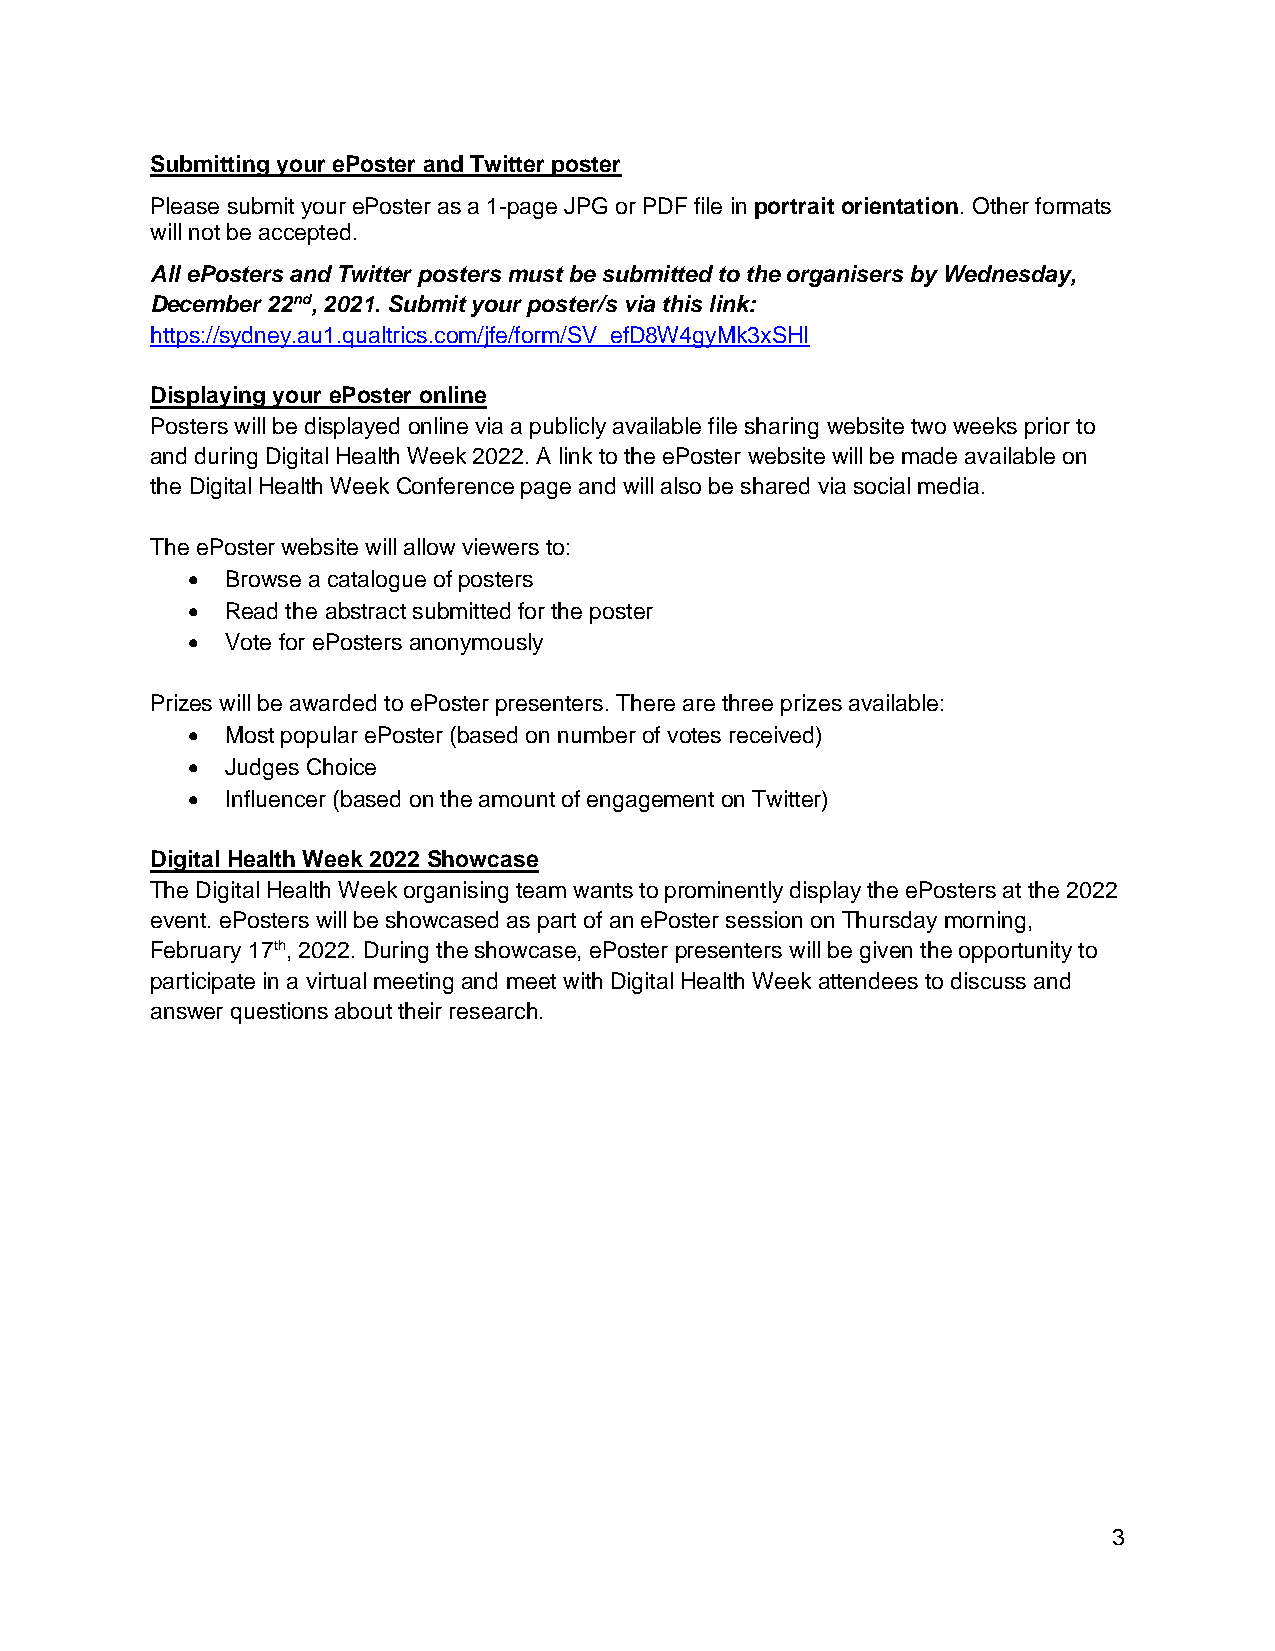
Submitting your ePoster and Twitter poster
 Please submit your ePoster as a 1-page JPG or PDF file in portrait orientation. Other formats
 will not be accepted.
 All ePosters and Twitter posters must be submitted to the organisers by Wednesday,
 December 22nd, 2021. Submit your poster/s via this link:
 https://sydney.au1.qualtrics.com/jfe/form/SV_efD8W4gyMk3xSHI
 Displaying your ePoster online
 Posters will be displayed online via a publicly available file sharing website two weeks prior to
 and during Digital Health Week 2022. A link to the ePoster website will be made available on
 the Digital Health Week Conference page and will also be shared via social media.
 The ePoster website will allow viewers to:
 •  Browse a catalogue of posters
 •  Read the abstract submitted for the poster
 •  Vote for ePosters anonymously
 Prizes will be awarded to ePoster presenters. There are three prizes available:
 •  Most popular ePoster (based on number of votes received)
 •  Judges Choice
 •  Influencer (based on the amount of engagement on Twitter)
 Digital Health Week 2022 Showcase
 The Digital Health Week organising team wants to prominently display the ePosters at the 2022
 event. ePosters will be showcased as part of an ePoster session on Thursday morning,
 February 17th, 2022. During the showcase, ePoster presenters will be given the opportunity to
 participate in a virtual meeting and meet with Digital Health Week attendees to discuss and
 answer questions about their research.
 3